Accidents in school laboratories and in rooms used for practical work, 1937
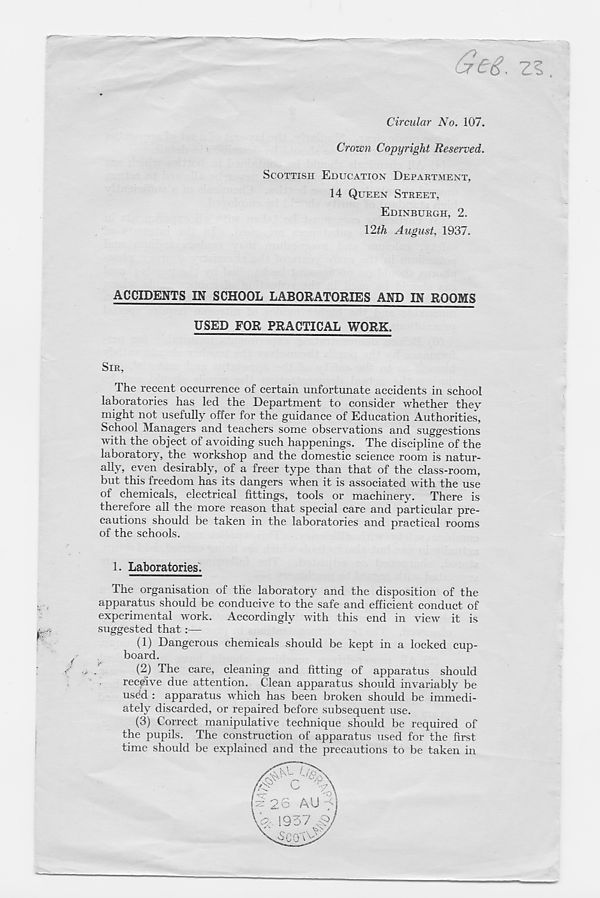
Z?
Circular No. 107.
Crown Copyright Reserved.
SCOTTISH EDUCATION DEPARTMENT,
14 QUEEN STREET,
EDINBURGH, 2.
12^ August, 1937.
ACCIDENTS IN SCHOOL LABORATORIES AND IN ROOMS
USED FOR PRACTICAL WORK.
SIR,
The recent occurrence of certain unfortunate accidents in school
laboratories has led the Department to consider whether they
might not usefully offer for the guidance of Education Authorities,
School Managers and teachers some observations and suggestions
with the object of avoiding such happenings. The discipline of the
laboratory, the workshop and the domestic science room is natur-
ally, even desirably, of a freer type than that of the class-room,
but this freedom has its dangers when it is associated with the use
of chemicals, electrical fittings, tools or machinery. There is
therefore all the more reason that special care and particular pre-
cautions should be taken in the laboratories and practical rooms
of the schools.
1. Laboratories.
r"
i
;
/
The organisation of the laboratory and the disposition of the
apparatus should be conducive to the safe and efficient conduct of
experimental work. Accordingly with this end in view it is
suggested that:—
(1) Dangerous chemicals should be kept in a locked cup-
board.
(2) The care, cleaning and fitting of apparatus should
receive due attention. Clean apparatus should invariably be
used : apparatus which has been broken should be immedi-
ately discarded, or repaired before subsequent use.
(3) Correct manipulative technique should be required of
the pupils. The construction of apparatus used for the first
time should be explained and the precautions to be taken in